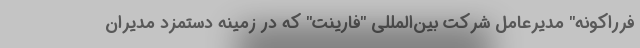
فرراکونه" مدیرعامل شرکت بین‌المللی "فارینت" که در زمینه دستمزد مدیران